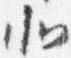
北